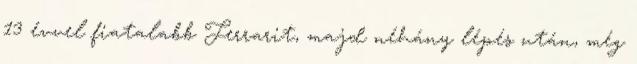
13 évvel fiatalabb Ferrarit, majd néhány lépés után, még